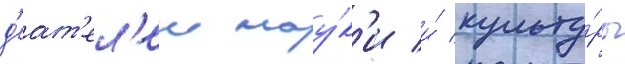
д'еат'ел'еи нау́к'и и́ культу́ры